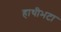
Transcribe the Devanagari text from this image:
हाथीभटा